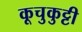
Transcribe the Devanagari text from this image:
कूचुकुट्टी